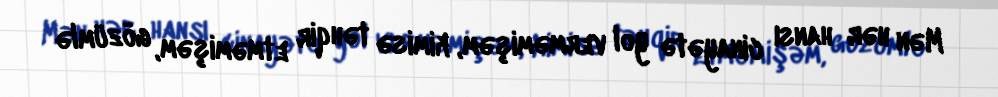
Mən hər hansı cinayətə yol verməmişəm, kimisə təhqir etməmişəm, gözümlə